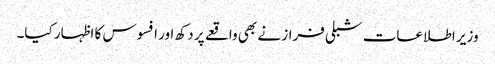
وزیر اطلاعات شبلی فراز نے بھی واقعے پر دکھ اور افسوس کا اظہار کیا۔